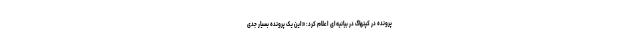
پرونده در کپنهاگ در بیانیه‌ای اعلام کرد: «این یک پرونده بسیار جدی